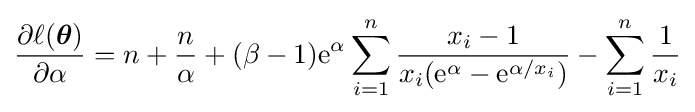
{\begin{aligned}{\frac {\partial \ell ({\boldsymbol {\theta }})}{\partial \alpha }}=n+{\frac {n}{\alpha }}+(\beta -1)\mathrm {e} ^{\alpha }\sum _{i=1}^{n}{\frac {x_{i}-1}{x_{i}(\mathrm {e} ^{\alpha }-\mathrm {e} ^{\alpha /x_{i}})}}-\sum _{i=1}^{n}{\frac {1}{x_{i}}}\end{aligned}}